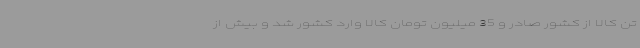
تن کالا از کشور صادر و 35 میلیون تومان کالا وارد کشور شد و بیش از